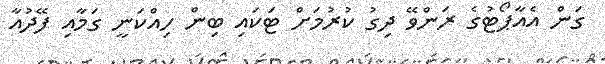
ގަން އެއާޕޯޓުގެ ރަންވޭ ދިގު ކުރުމަށް ޓަކައި ބިން ހިއްކަނީ ގަމާއި ފޭދުއާ